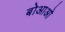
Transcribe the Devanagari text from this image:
बोआओ